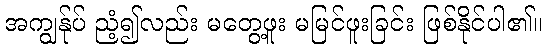
အကျွန်ုပ် ညံ့၍လည်း မတွေ့ဖူး မမြင်ဖူးခြင်း ဖြစ်နိုင်ပါ၏။